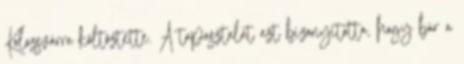
Kolozsvárra költöztette. A tapasztalat azt bizonyította, hogy bár a